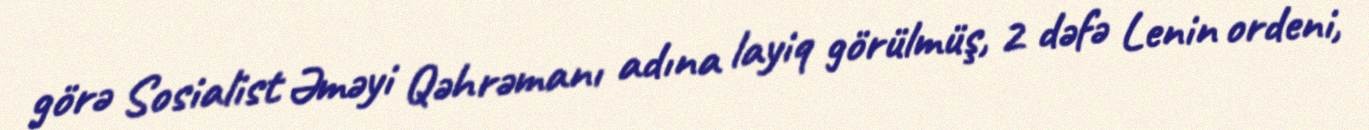
görə Sosialist Əməyi Qəhrəmanı adına layiq görülmüş, 2 dəfə Lenin ordeni,